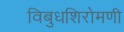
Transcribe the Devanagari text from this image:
विबुधशिरोमणी